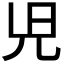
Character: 𫤗